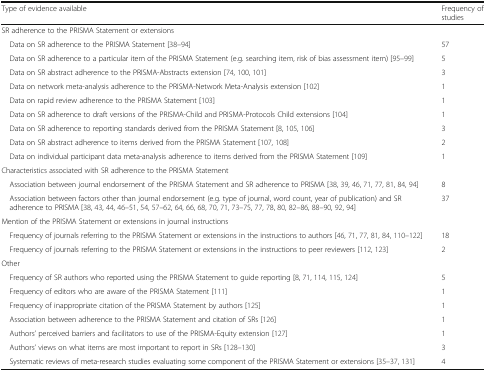
| Type of evidence available | Frequency of studies |
 | --- | --- |
 | <COLSPAN=2> SR adherence to the PRISMA Statement or extensions |
 | Data on SR adherence to the PRISMA Statement [38–94] | 57 |
 | Data on SR adherence to a particular item of the PRISMA Statement (e.g. searching item, risk of bias assessment item) [95–99] | 5 |
 | Data on SR abstract adherence to the PRISMA-Abstracts extension [74, 100, 101] | 3 |
 | Data on network meta-analysis adherence to the PRISMA-Network Meta-Analysis extension [102] | 1 |
 | Data on rapid review adherence to the PRISMA Statement [103] | 1 |
 | Data on SR adherence to draft versions of the PRISMA-Child and PRISMA-Protocols Child extensions [104] | 1 |
 | Data on SR adherence to reporting standards derived from the PRISMA Statement [8, 105, 106] | 3 |
 | Data on SR abstract adherence to items derived from the PRISMA Statement [107, 108] | 2 |
 | Data on individual participant data meta-analysis adherence to items derived from the PRISMA Statement [109] | 1 |
 | <COLSPAN=2> Characteristics associated with SR adherence to the PRISMA Statement |
 | Association between journal endorsement of the PRISMA Statement and SR adherence to PRISMA [38, 39, 46, 71, 77, 81, 84, 94] | 8 |
 | Association between factors other than journal endorsement (e.g. type of journal, word count, year of publication) and SR adherence to PRISMA [38, 43, 44, 46–51, 54, 57–62, 64, 66, 68, 70, 71, 73–75, 77, 78, 80, 82–86, 88–90, 92, 94] | 37 |
 | <COLSPAN=2> Mention of the PRISMA Statement or extensions in journal instructions |
 | Frequency of journals referring to the PRISMA Statement or extensions in the instructions to authors [46, 71, 77, 81, 84, 110–122] | 18 |
 | Frequency of journals referring to the PRISMA Statement or extensions in the instructions to peer reviewers [112, 123] | 2 |
 | <COLSPAN=2> Other |
 | Frequency of SR authors who reported using the PRISMA Statement to guide reporting [8, 71, 114, 115, 124] | 5 |
 | Frequency of editors who are aware of the PRISMA Statement [111] | 1 |
 | Frequency of inappropriate citation of the PRISMA Statement by authors [125] | 1 |
 | Association between adherence to the PRISMA Statement and citation of SRs [126] | 1 |
 | Authors’ perceived barriers and facilitators to use of the PRISMA-Equity extension [127] | 1 |
 | Authors’ views on what items are most important to report in SRs [128–130] | 3 |
 | Systematic reviews of meta-research studies evaluating some component of the PRISMA Statement or extensions [35–37, 131] | 4 |